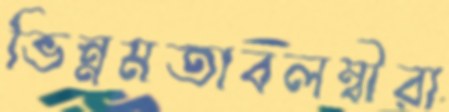
ভিন্নমতাবলম্বীরা